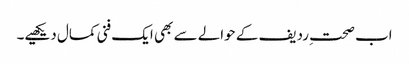
اب صحتِ ردیف کے حوالے سے بھی ایک فنی کمال دیکھیے۔